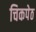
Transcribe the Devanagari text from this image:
चिकपेठ